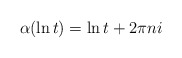
\begin{align*} \alpha(\ln t) = \ln t + 2\pi n i \end{align*}